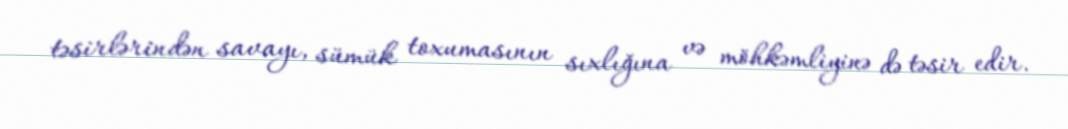
təsirlərindən savayı, sümük toxumasının sıxlığına və möhkəmliyinə də təsir edir.